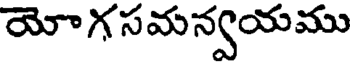
యోగ సమన్వయము